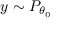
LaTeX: y \sim P _ { \theta _ { 0 } }